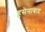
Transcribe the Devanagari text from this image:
हुसेनाबाद